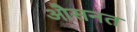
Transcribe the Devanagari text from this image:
औसनत